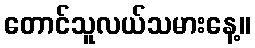
တောင်သူလယ်သမားနေ့။